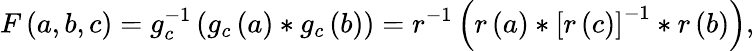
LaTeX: F\left(a,b,c\right)=g_{c}^{-1}\left(g_{c}\left(a\right)*g_{c}\left(b\right)\right)=r^{-1}\left(r\left(a\right)*\left[r\left(c\right)\right]^{-1}*r\left(b\right)\right),